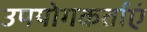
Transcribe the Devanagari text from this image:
उपयोगकर्ताएं